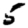
Digit: 5